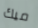
ميك